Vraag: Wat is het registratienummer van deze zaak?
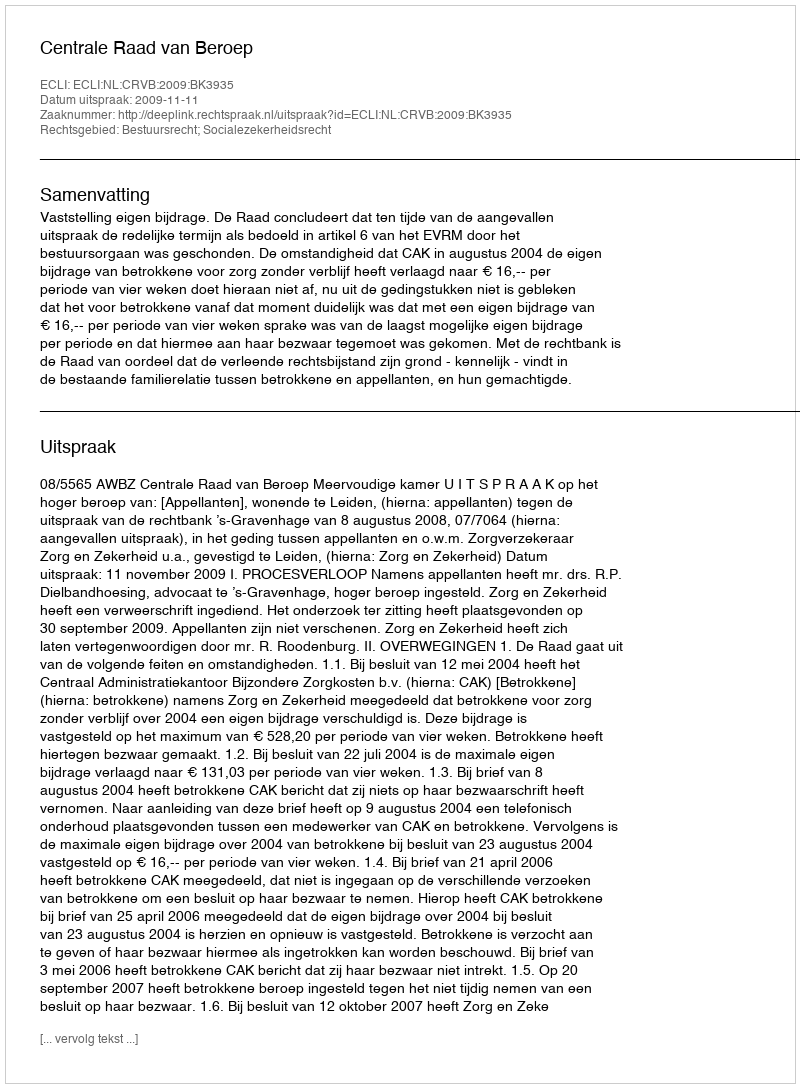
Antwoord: http://deeplink.rechtspraak.nl/uitspraak?id=ECLI:NL:CRVB:2009:BK3935